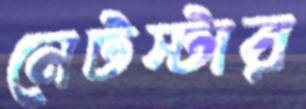
নেটস্টার